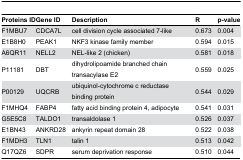
<table><thead><tr><td><b>Proteins ID</b></td><td><b>Gene ID</b></td><td><b>Description</b></td><td><b>R</b></td><td><b>p-value</b></td></tr></thead><tbody><tr><td>F1MBU7</td><td>CDCA7L</td><td>cell division cycle associated 7-like</td><td>0.673</td><td>0.004</td></tr><tr><td>E1B8H0</td><td>PEAK1</td><td>NKF3 kinase family member</td><td>0.594</td><td>0.015</td></tr><tr><td>A6QR11</td><td>NELL2</td><td>NEL-like 2 (chicken)</td><td>0.581</td><td>0.018</td></tr><tr><td>P11181</td><td>DBT</td><td>dihydrolipoamide branched chain transacylase E2</td><td>0.559</td><td>0.025</td></tr><tr><td>P00129</td><td>UQCRB</td><td>ubiquinol-cytochrome c reductase binding protein</td><td>0.544</td><td>0.029</td></tr><tr><td>F1MHQ4</td><td>FABP4</td><td>fatty acid binding protein 4, adipocyte</td><td>0.541</td><td>0.031</td></tr><tr><td>G5E5C8</td><td>TALDO1</td><td>transaldolase 1</td><td>0.526</td><td>0.037</td></tr><tr><td>E1BN43</td><td>ANKRD28</td><td>ankyrin repeat domain 28</td><td>0.522</td><td>0.038</td></tr><tr><td>F1MDH3</td><td>TLN1</td><td>talin 1</td><td>0.513</td><td>0.042</td></tr><tr><td>Q17QZ6</td><td>SDPR</td><td>serum deprivation response</td><td>0.510</td><td>0.044</td></tr></tbody></table>